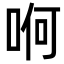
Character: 哬